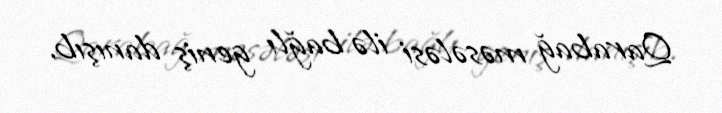
Qarabağ məsələsi ilə bağlı geniş danışıb.